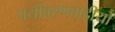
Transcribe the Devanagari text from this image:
पर्यावरणवादीयों